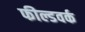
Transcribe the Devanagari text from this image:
फील्डवर्क